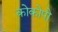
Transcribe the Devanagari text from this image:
कोकोपो